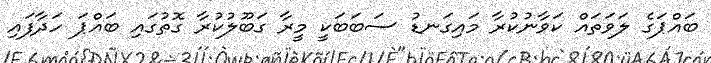
ބައްޕަގެ ލަވަތައް ކަވާނުކުރާ މައިގަނޑު ސަބަބަކީ މީރާ ގަބޫލުކުރާ ގޮތުގައި ބައްޕަ ހަދާފައި